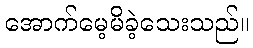
အောက်မေ့မိခဲ့သေးသည်။